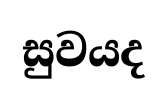
සුවයද